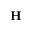
\mathbf { H }